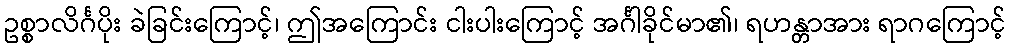
ဥစ္စာလိင်္ဂပိုး ခဲခြင်းကြောင့်၊ ဤအကြောင်း ငါးပါးကြောင့် အင်္ဂါခိုင်မာ၏၊ ရဟန္တာအား ရာဂကြောင့်